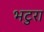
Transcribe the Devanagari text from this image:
भटुरा